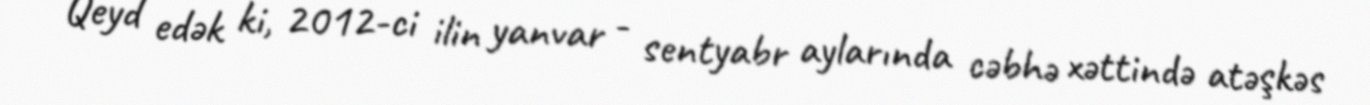
Qeyd edək ki, 2012-ci ilin yanvar - sentyabr aylarında cəbhə xəttində atəşkəs